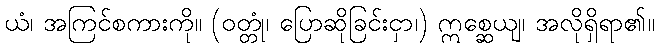
ယံ၊ အကြင်စကားကို။ (ဝတ္တုံ၊ ပြောဆိုခြင်းငှာ၊) ဣစ္ဆေယျ၊ အလိုရှိရာ၏။